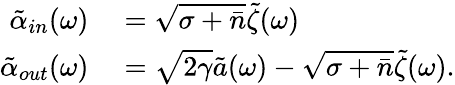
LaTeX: \begin{array}{rl}{\tilde{\alpha}_{in}(\omega)}&{{}=\sqrt{\sigma+\bar{n}}\tilde{\zeta}(\omega)}\\ {\tilde{\alpha}_{out}(\omega)}&{{}=\sqrt{2\gamma}\tilde{a}(\omega)-\sqrt{\sigma+\bar{n}}\tilde{\zeta}(\omega).}\end{array}